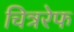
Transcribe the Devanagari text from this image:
चित्ररेफ